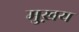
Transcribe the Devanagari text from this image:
मुख़य